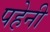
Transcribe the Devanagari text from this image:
पहेनी